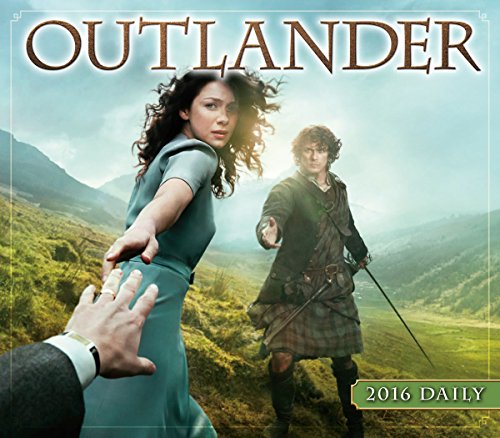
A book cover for Outlander 2016 Boxed/Daily Calendar; Starz; Calendars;